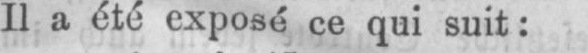
Il a été exposé ce qui suit: